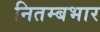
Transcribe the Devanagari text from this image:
नितम्बभार